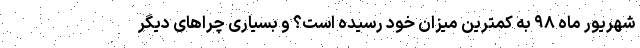
شهریور ماه ۹۸ به کمترین میزان خود رسیده است؟ و بسیاری چراهای دیگر